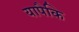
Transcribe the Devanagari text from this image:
यापैकि